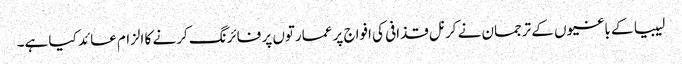
لیبیا کے باغیوں کے ترجمان نے کرنل قذافی کی افواج پر عمارتوں پر فائرنگ کرنے کا الزام عائد کیا ہے۔